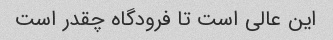
این عالی است تا فرودگاه چقدر است